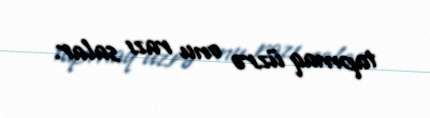
tapmaq üzrə onu razı salar.